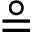
\circeq